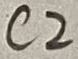
Text: C2